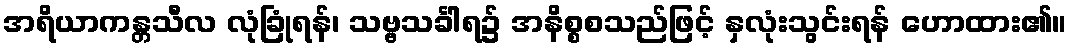
အရိယာကန္တသီလ လုံခြုံရန်၊ သဗ္ဗသင်္ခါရ၌ အနိစ္စစသည်ဖြင့် နှလုံးသွင်းရန် ဟောထား၏။